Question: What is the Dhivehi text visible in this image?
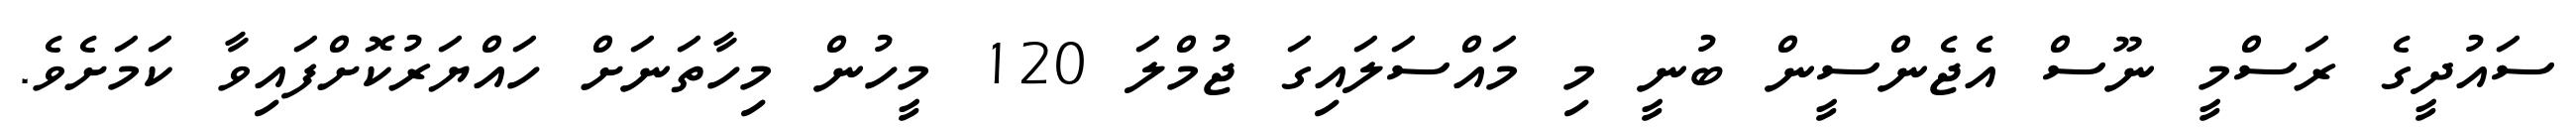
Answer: ސައުދީގެ ރަސްމީ ނޫސް އެޖެންސީން ބުނީ މި މައްސަލައިގަ ޖުމްލަ 120 މީހުން މިހާތަނަށް ހައްޔަރުކޮށްފައިވާ ކަމަށެވެ.